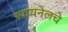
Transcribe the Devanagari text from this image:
स्पायनेलचे